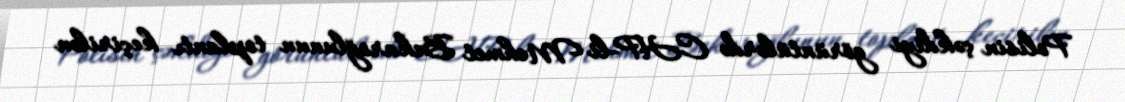
Polisin çəkdiyi görüntülərdə CHP-li Mehmet Bekaroğlunun toplantı keçirilən